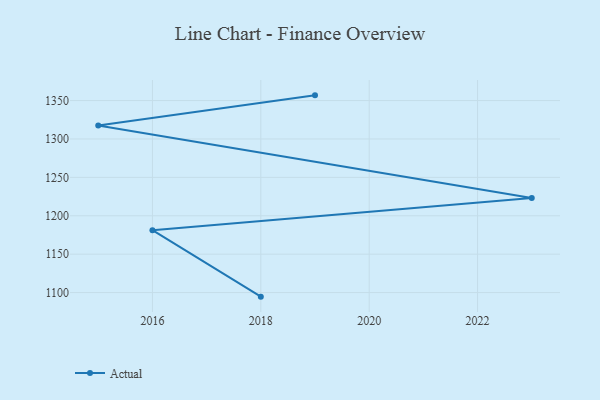
{"axis": {"x": "Year", "y": "Customer Acquisition Cost (USD)"}, "legend": ["Actual"], "data": [{"x": "2019", "y": 1356.8, "type": "Actual"}, {"x": "2015", "y": 1317.4, "type": "Actual"}, {"x": "2023", "y": 1223.2, "type": "Actual"}, {"x": "2016", "y": 1181.3, "type": "Actual"}, {"x": "2018", "y": 1094.7, "type": "Actual"}]}